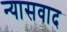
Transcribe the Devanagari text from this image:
न्यासवाद